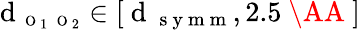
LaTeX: \textrm{d}_{\mathrm{~\scriptsize~O~}_{1}\mathrm{~\scriptsize~O~}_{2}}\in[\mathrm{~d~}_{\mathrm{~s~y~m~m~}},2.5\mathrm{~\AA~}]